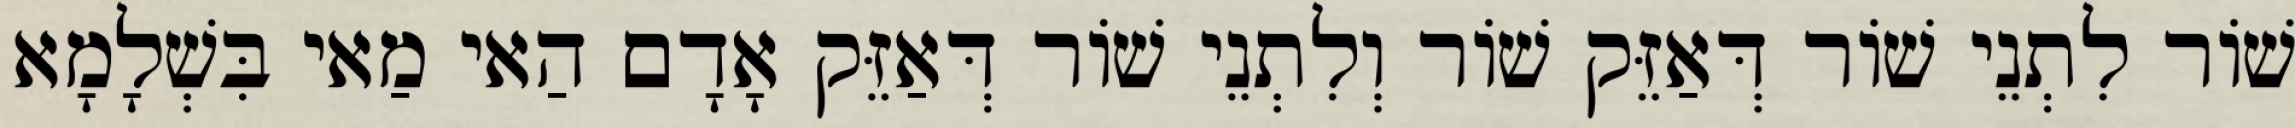
שׁוֹר לִתְנֵי שׁוֹר דְּאַזֵּק שׁוֹר וְלִתְנֵי שׁוֹר דְּאַזֵּק אָדָם הַאי מַאי בִּשְׁלָמָא